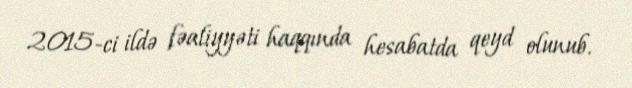
2015-ci ildə fəaliyyəti haqqında hesabatda qeyd olunub.